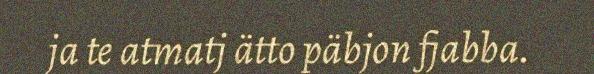
ja te atmatj ätto päbjon fjabba.